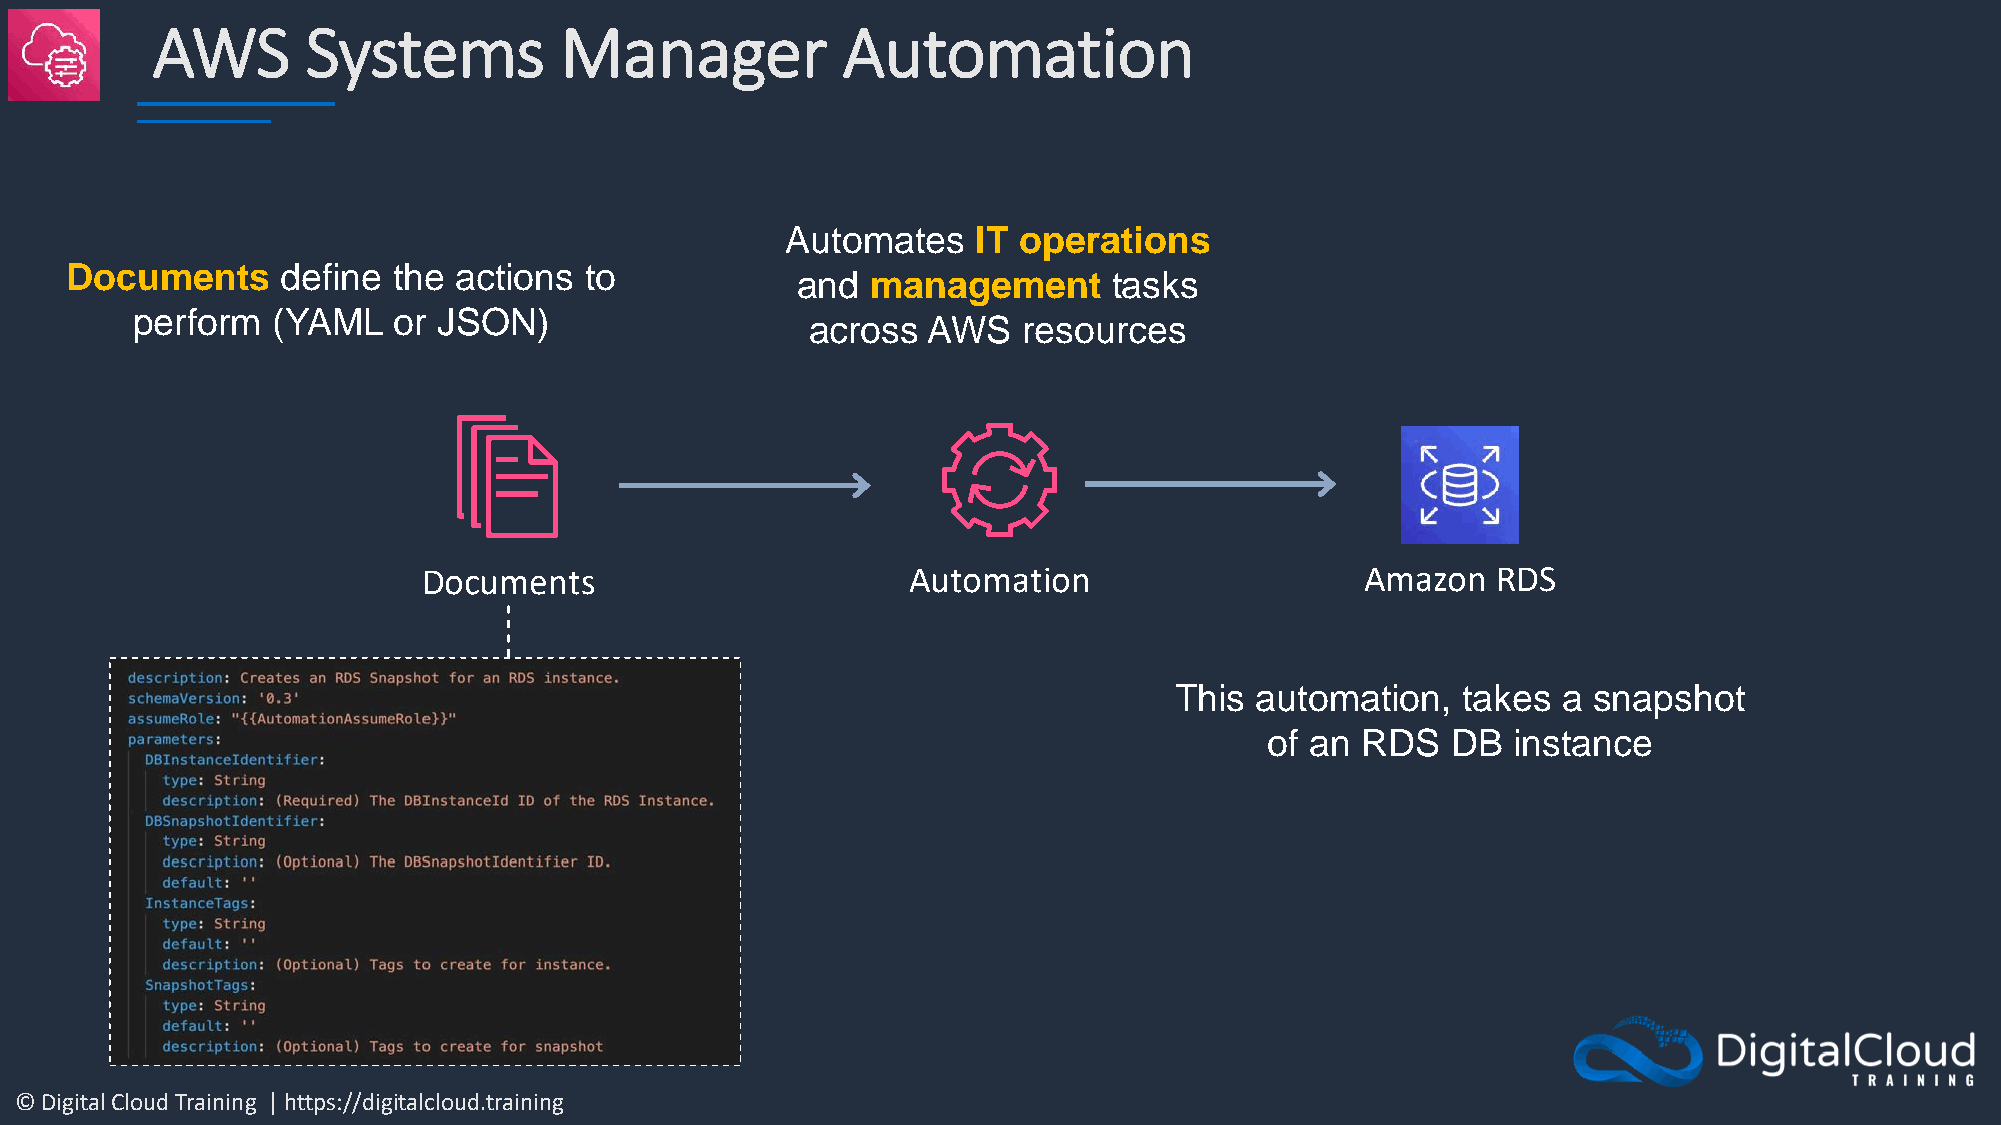
AWS       Systems          Manager            Automation
 Automates    IT operations
 Documents      define the actions  to
 and  management      tasks
 perform  (YAML   or JSON)
 across AWS    resources
 Documents                       Automation                    Amazon   RDS
 This automation,   takes a snapshot
 of an RDS   DB  instance
 © Digital Cloud Training | https://digitalcloud.training